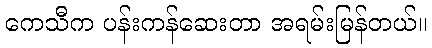
ကေသီက ပန်းကန်ဆေးတာ အရမ်းမြန်တယ်။